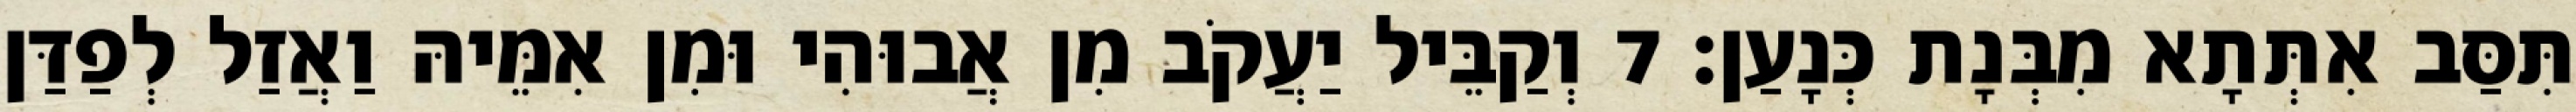
תִּסַּב אִתְּתָא מִבְּנָת כְּנָעַן׃ 7 וְקַבֵּיל יַעֲקֹב מִן אֲבוּהִי וּמִן אִמֵּיהּ וַאֲזַל לְפַדַּן